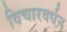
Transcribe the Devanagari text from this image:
विचारवर्धन